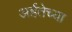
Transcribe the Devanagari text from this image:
अर्हतेच्या